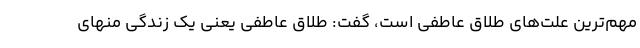
مهم‌ترین علت‌های طلاق عاطفی است، گفت: طلاق عاطفی یعنی یک زندگی منهای